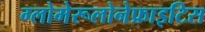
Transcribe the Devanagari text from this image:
ग्लोमेरूलोनेफ्राइटिस